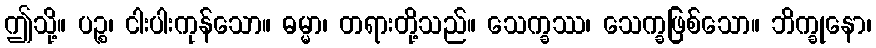
ဤသို့။ ပဉ္စ၊ ငါးပါးကုန်သော။ ဓမ္မာ၊ တရားတို့သည်။ သေက္ခဿ၊ သေက္ခဖြစ်သော။ ဘိက္ခုနော၊